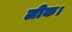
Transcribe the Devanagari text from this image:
लीक।